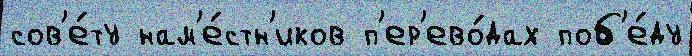
сов'е́ту нам'е́стн'иков п'ер'ево́дах поб'е́ду